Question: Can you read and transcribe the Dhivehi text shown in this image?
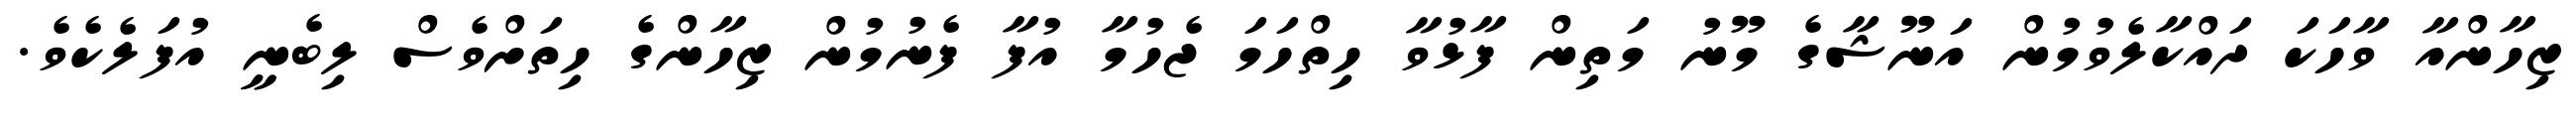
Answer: ޒިހާންއާ ވާހަކަ ދައްކާލެވުމުން އަނޫޝާގެ މޫނު މަތިން ފާޅުވާ ހިތްހަމަ ޖެހުމާ އުފާ ފެނުމުން ޒިހާންގެ ހިތަށްވެސް ލިބެނީ އުފަލެކެވެ.